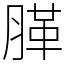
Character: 䐙